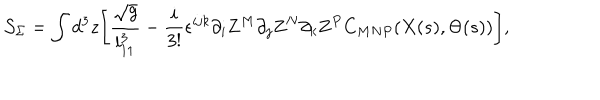
{ \cal S } _ { \Sigma } = \int d ^ { 3 } z \Biggl [ { \frac { \sqrt { g } } { l _ { 1 1 } ^ { 3 } } } - { \frac { i } { 3 ! } } \epsilon ^ { i j k } \partial _ { i } { \bf Z } ^ { M } \partial _ { j } { \bf Z } ^ { N } \partial _ { k } { \bf Z } ^ { P } C _ { M N P } ( X ( s ) , \Theta ( s ) ) \Biggr ] ,